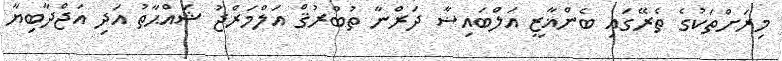
މިރަށްތަކުގެ ތެރޭގައި ބެންޣާޒީ އަލްބައިޟާ ދަރްނާ ތުބްރުޤް އަލްމަރްޖު ޝައްޙާތު އަދި އަޖްދާބިޔާ